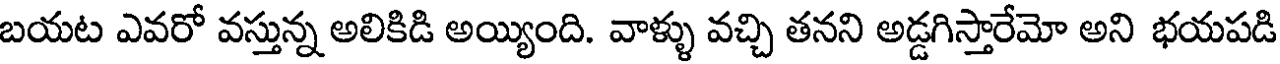
బయట ఎవరో వస్తున్న అలికిడి అయ్యింది. వాళ్ళు వచ్చి తనని అడ్డగిస్తారేమో అని భయపడి